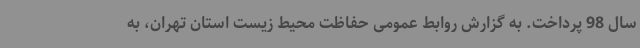
سال 98 پرداخت. به گزارش روابط عمومی حفاظت محیط زیست استان تهران، به